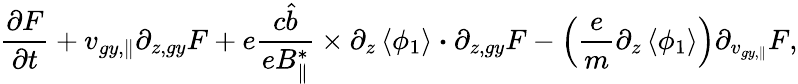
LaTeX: \frac{\partial F}{\partial t}+{v}_{gy,\parallel}\partial_{z,gy}F+e\frac{c\hat{b}}{eB_{\parallel}^{*}}\times\partial_{z}\left<\phi_{1}\right>\boldsymbol{\cdot}\partial_{z,gy}F-\left(\frac{e}{m}\partial_{z}\left<\phi_{1}\right>\right)\partial_{v_{gy,\parallel}}F,